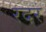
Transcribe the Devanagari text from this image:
रदर